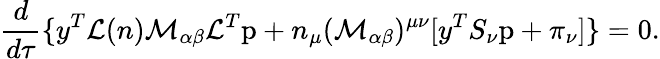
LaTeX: \frac{d}{d\tau}\{ y^{T}{\cal L}(n){\cal M}_{\alpha\beta}{\cal L}^{T}\mathrm{p}+n_{\mu}({\cal M}_{\alpha\beta})^{\mu\nu}[y^{T}S_{\nu}\mathrm{p}+\pi_{\nu}]\} =0.